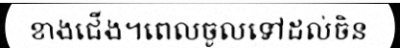
ខាងជើង។ពេលចូលទៅដល់ចិន